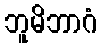
ဘူမိဘာဂံ